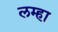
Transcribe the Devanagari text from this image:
लम्हा